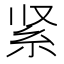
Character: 紧